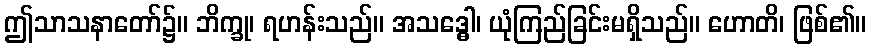
ဤသာသနာတော်၌။ ဘိက္ခု၊ ရဟန်းသည်။ အသဒ္ဓေါ၊ ယုံကြည်ခြင်းမရှိသည်။ ဟောတိ၊ ဖြစ်၏။